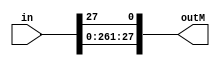
module  left_shiftera(in,outM);

input  [1:28]  in;

output [1:28]  outM;

assign     outM={in[2:28],in[1]};

endmodule